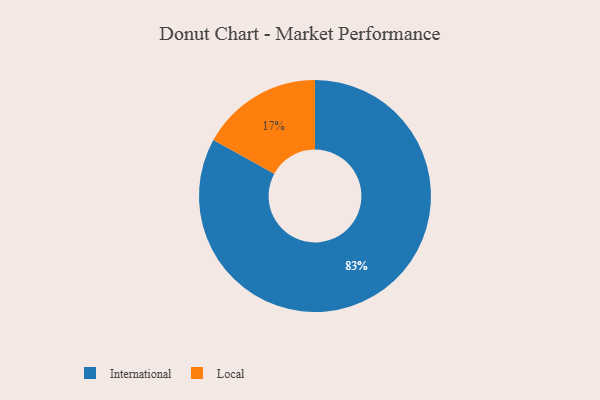
{"axis": {"x": "Category", "y": "Percentage"}, "legend": ["International", "Local"], "data": [{"x": "International", "y": 83, "type": "International"}, {"x": "Local", "y": 17, "type": "Local"}]}